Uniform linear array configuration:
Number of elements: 12
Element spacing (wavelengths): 0.25
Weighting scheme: uniform
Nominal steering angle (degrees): -60
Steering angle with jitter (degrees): -61.471
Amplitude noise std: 0.05
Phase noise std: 0.05

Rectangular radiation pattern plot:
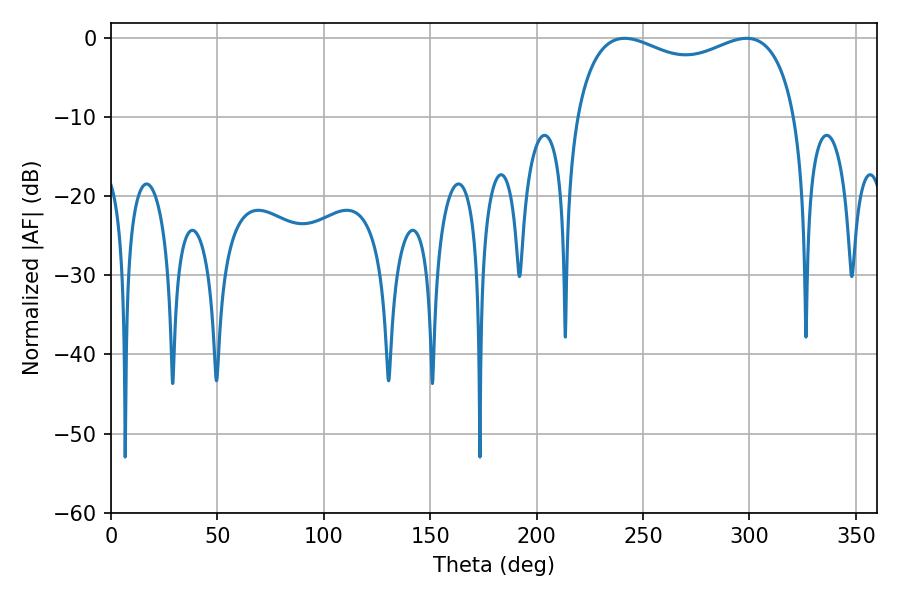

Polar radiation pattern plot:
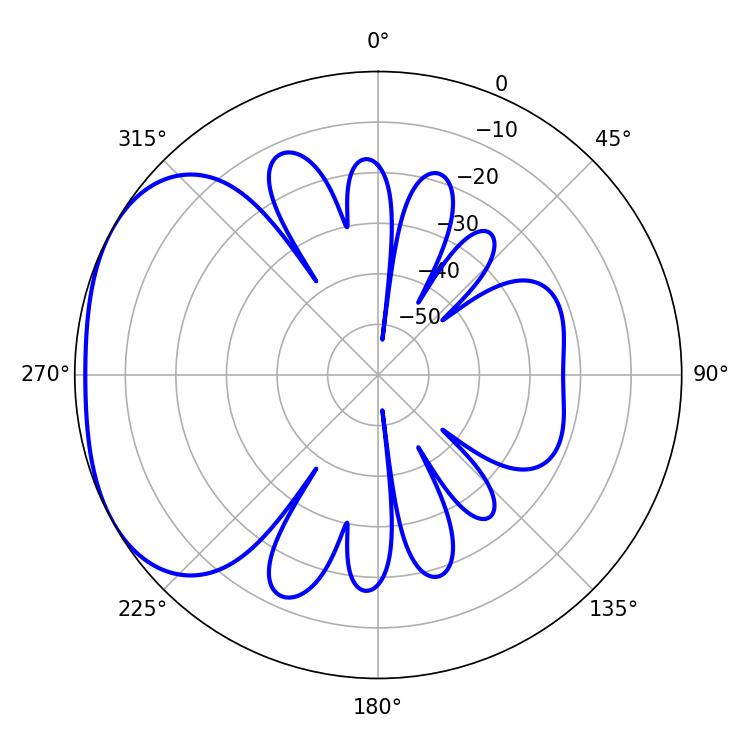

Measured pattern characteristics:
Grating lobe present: FALSE
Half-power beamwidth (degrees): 85.68
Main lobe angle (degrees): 241.38